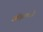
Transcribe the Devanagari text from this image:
ओहळतो